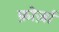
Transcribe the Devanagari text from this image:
फ़ोर्ज़ा